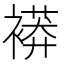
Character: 𧜒